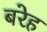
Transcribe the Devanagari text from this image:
बरेह